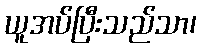
ယူအပ်ပြီးသည်သာ၊